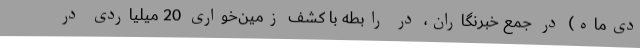
دی‌ماه) در جمع خبرنگاران، در رابطه با کشف زمین‌خواری 20 میلیاردی در